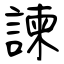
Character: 諫